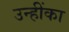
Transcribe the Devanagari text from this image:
उन्हींका